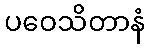
ပဝေသိတာနံ